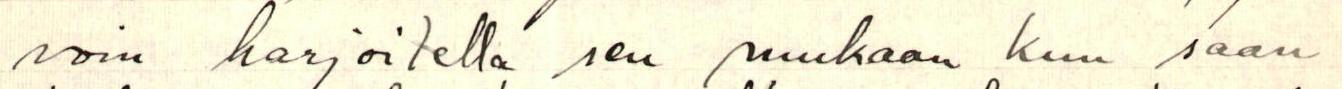
voin harjoitella sen mukaan kun saan